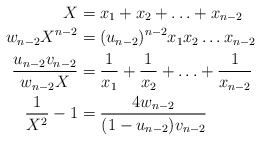
\begin{align*}X =&\; x_1+x_2+\ldots+x_{n-2}\\w_{n-2} X^{n-2}=& \;(u_{n-2})^{n-2} x_1x_2\ldots x_{n-2}\\ {u_{n-2}v_{n-2}\over w_{n-2}X}=&\;{1\over x_1}+{1\over x_2}+\ldots+{1\over x_{n-2}}\\{1\over X^2}-1=& \;{4w_{n-2}\over(1-u_{n-2})v_{n-2}} \end{align*}